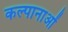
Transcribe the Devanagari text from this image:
कल्पानाओं